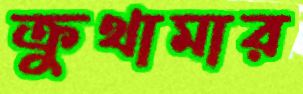
ক্রুথামার